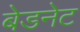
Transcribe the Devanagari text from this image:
बेडनेट